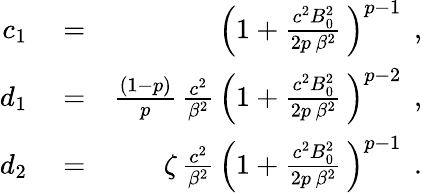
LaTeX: \begin{array}{rlr}{c_{1}}&{{}=}&{\left(1+\frac{c^{2}B_{0}^{2}}{2p\, \beta^{2}}\, \right)^{p-1}\, \; ,}\\ {d_{1}}&{{}=}&{\frac{(1-p)}{p}\, \frac{c^{2}}{\beta^{2}}\, \left(1+\frac{c^{2}B_{0}^{2}}{2p\, \beta^{2}}\, \right)^{p-2}\, \; ,}\\ {d_{2}}&{{}=}&{\zeta\, \frac{c^{2}}{\beta^{2}}\, \left(1+\frac{c^{2}B_{0}^{2}}{2p\, \beta^{2}}\, \right)^{p-1}\, \; .}\end{array}